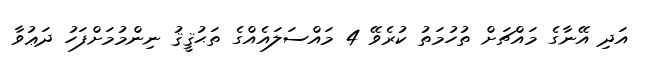
އަދި އޭނާގެ މައްޗަށް ތުހުމަތު ކުރެވޭ 4 މައްސަލައެއްގެ ތަޙުޤީޤު ނިންމުމަށްފަހު ދަޢުވާ